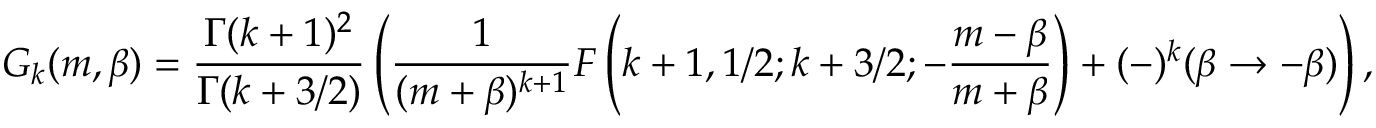
G _ { k } ( m , \beta ) = \frac { \Gamma ( k + 1 ) ^ { 2 } } { \Gamma ( k + 3 / 2 ) } \left( \frac { 1 } { ( m + \beta ) ^ { k + 1 } } F \left( k + 1 , 1 / 2 ; k + 3 / 2 ; - \frac { m - \beta } { m + \beta } \right) + ( - ) ^ { k } ( \beta \rightarrow - \beta ) \right) ,